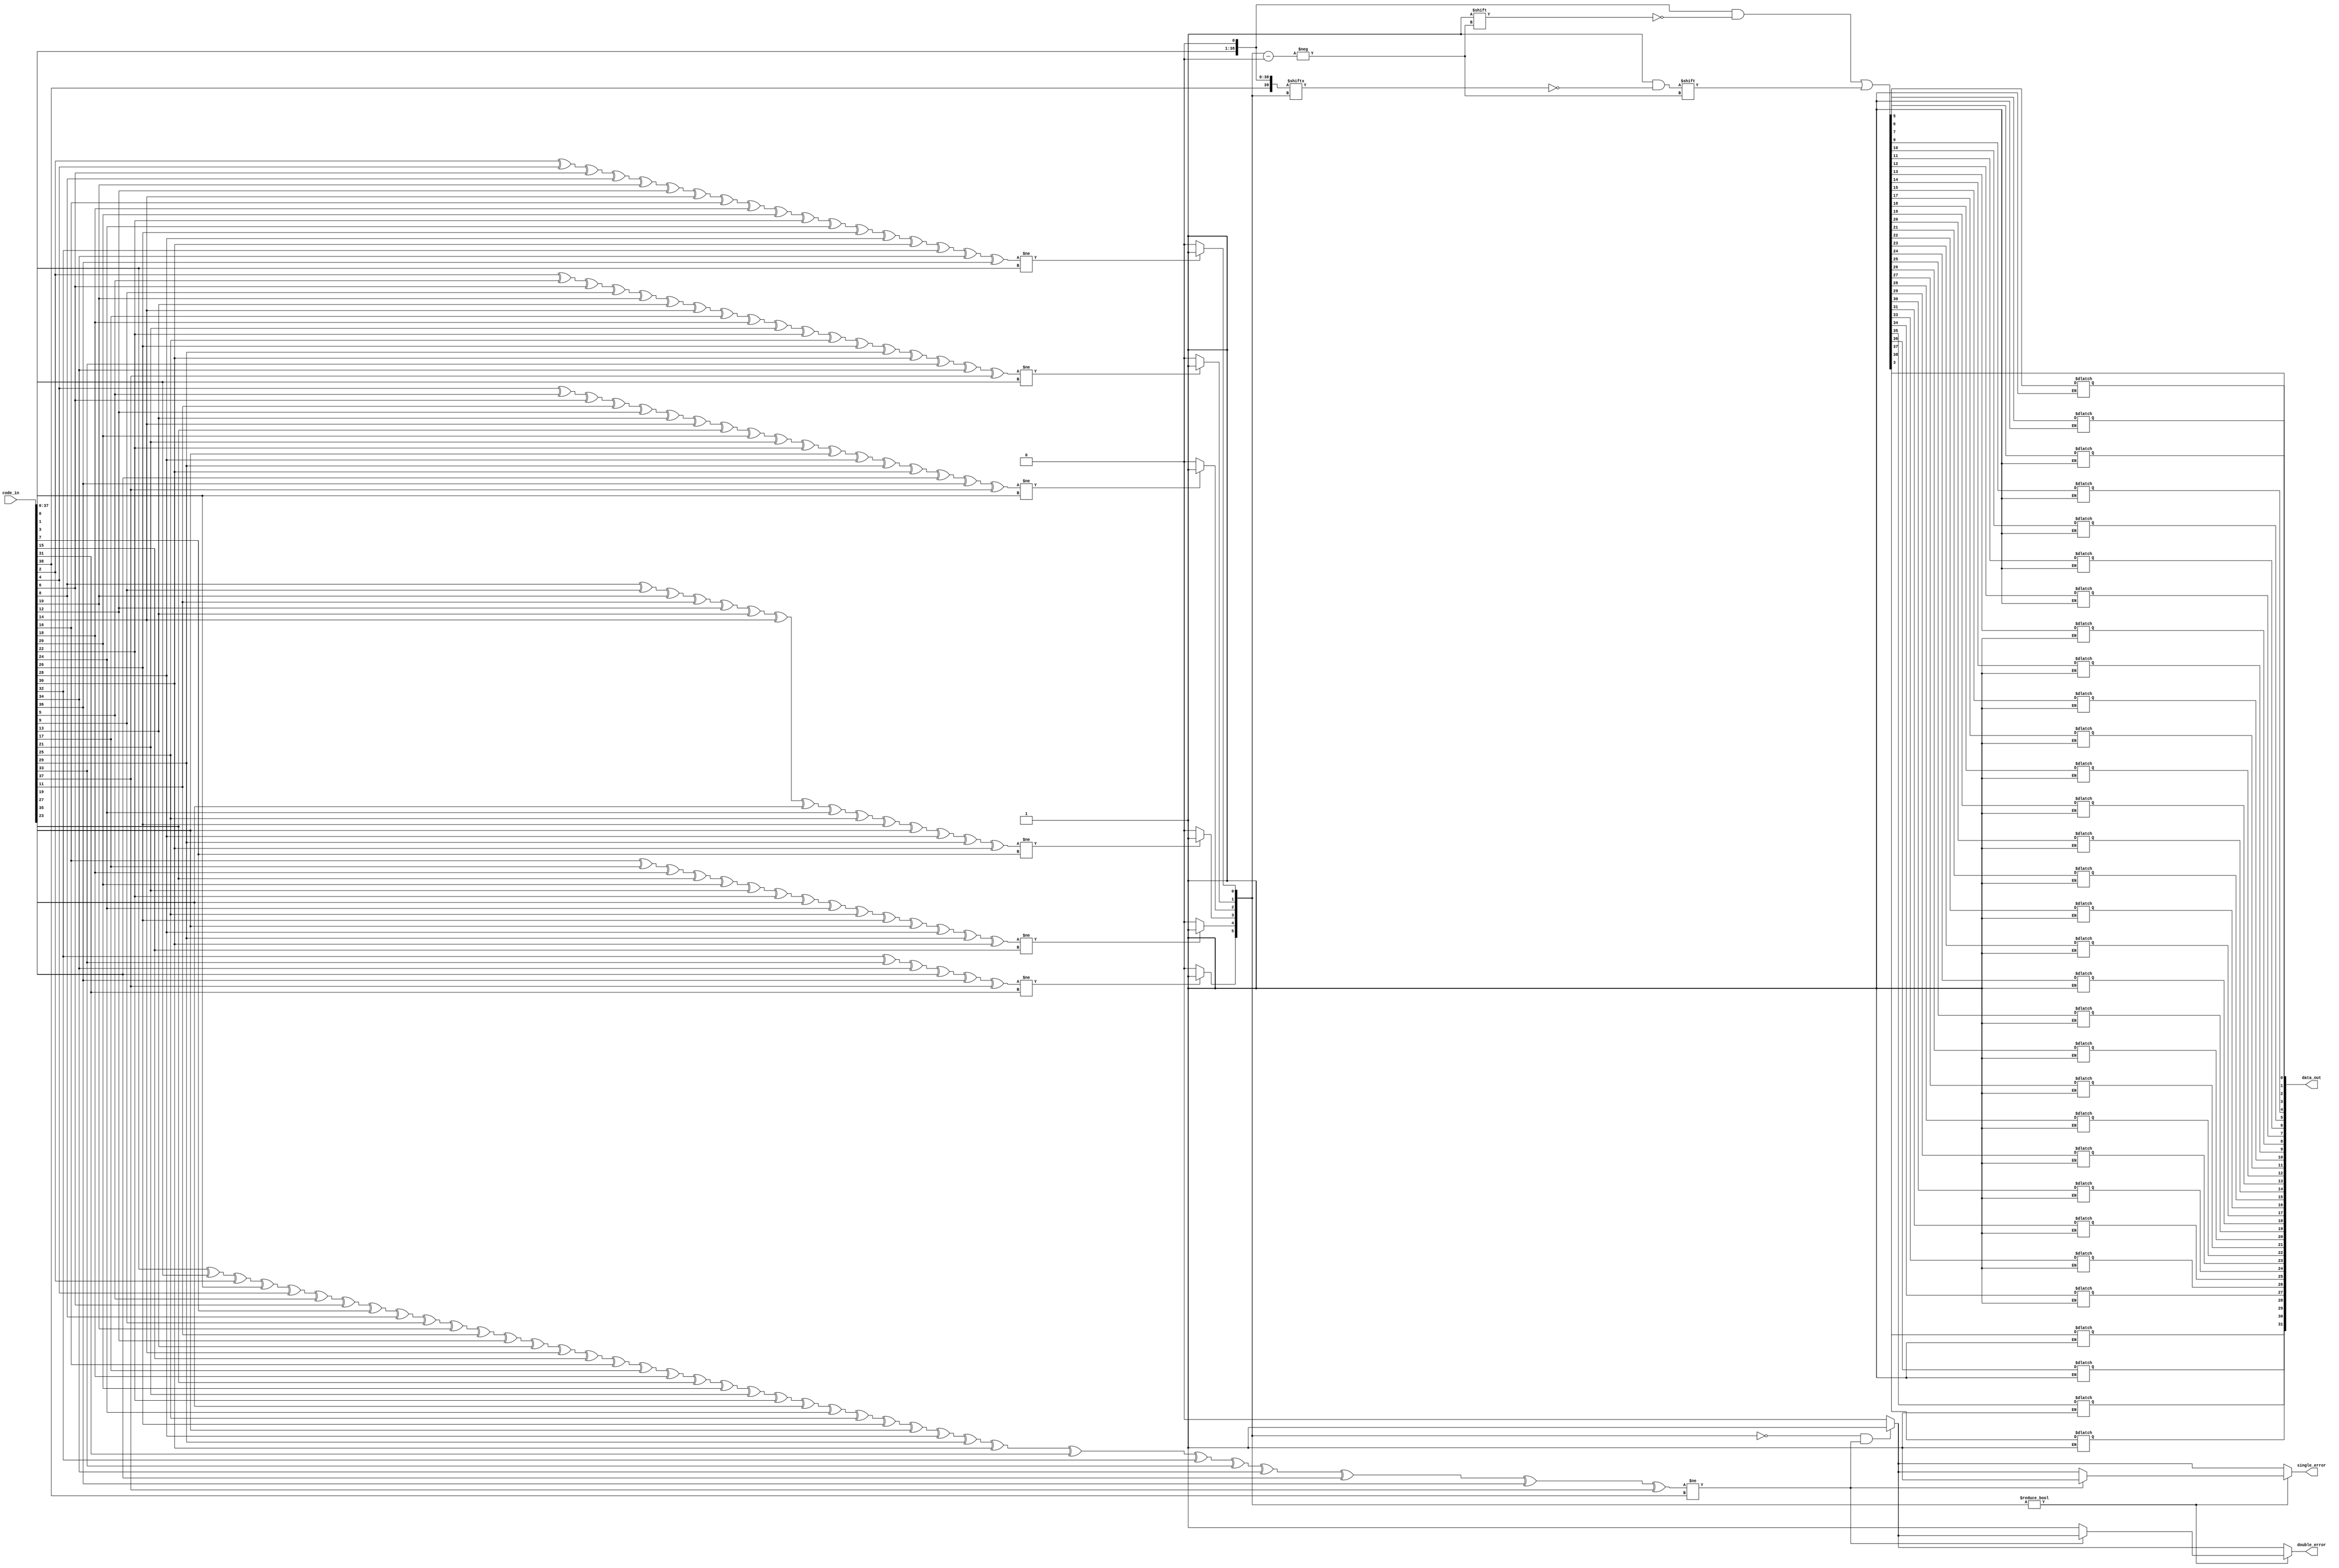
// last changed 15.11.2016

//	single_error | double_error  | condition
//	--------------------------------------------------------------------
//	     0		 |       0       | no detectable error
//		 1		 |       0       | one error detected and corrected
//   	 0		 |       1       | two errors detected / not correctable
//		 1		 |       1       | invalid / three or more errors
//----------------------------------------------------------------------

 `timescale 1 ns / 1 ps
module ecc_decode(code_in,
                  data_out,
				  single_error,
				  double_error);  //  CC double_error flag

parameter P_DATAWIDTH=32;
parameter P_CODEWIDTH=39;   //  CC changed 38 to 39
parameter P_CHECKBITS_COUNT=7;  //  CC changed 6 to 7


input       [P_CODEWIDTH-1:0] code_in;
output reg  [P_DATAWIDTH-1:0] data_out;
output reg 					  single_error;
output reg 					  double_error;  //  CC double_error

reg [P_CODEWIDTH-1:0] c;
reg [P_CODEWIDTH:0] d;    // data one bit shifted  changed by CCAG
reg [P_CHECKBITS_COUNT-2:0] fail_location; // CC changed P_CHECKBITS_COUNT-1 to P_CHECKBITS_COUNT-2


integer i,n;


reg [P_CHECKBITS_COUNT-1:0]  p;
reg  fail_bit;


always @(*) begin
    fail_location=0;
    c=code_in;
	d={code_in,1'b0};      // changed by CCAG
    single_error=1'b0;
    double_error=1'b0;  // CC

    p[0]=c[2]^c[4]^c[6]^c[8]^c[10]^c[12]^c[14]^c[16]^c[18]^c[20]^c[22]^c[24]^c[26]^c[28]^c[30]^c[32]^c[34]^c[36];
    p[1]=c[2]^c[5]^c[6]^c[9]^c[10]^c[13]^c[14]^c[17]^c[18]^c[21]^c[22]^c[25]^c[26]^c[29]^c[30]^c[33]^c[34]^c[37];
    p[2]=c[4]^c[5]^c[6]^c[11]^c[12]^c[13]^c[14]^c[19]^c[20]^c[21]^c[22]^c[27]^c[28]^c[29]^c[30] ^c[35]^c[36]^c[37];
    p[3]=c[8]^c[9]^c[10]^c[11]^c[12]^c[13]^c[14] ^c[23]^c[24]^c[25]^c[26]^c[27]^c[28]^c[29]^c[30];
    p[4]=c[16]^c[17]^c[18]^c[19]^c[20]^c[21]^c[22]^c[23]^c[24]^c[25]^c[26]^c[27]^c[28]^c[29]^c[30];
    p[5]=c[32]^c[33]^c[34]^c[35]^c[36]^c[37];

    p[6]=1'b0;  // CC overall parity for DED

    for(i=1;i<P_CODEWIDTH;i=i+1) begin
        p[6] = p[6]^c[i-1];
    end


    if(p[0]!=c[0]) fail_location[0]=1'b1;
    if(p[1]!=c[1]) fail_location[1]=1'b1;
    if(p[2]!=c[3]) fail_location[2]=1'b1;
    if(p[3]!=c[7]) fail_location[3]=1'b1;
    if(p[4]!=c[15])fail_location[4]=1'b1;
    if(p[5]!=c[31])fail_location[5]=1'b1;

    //  CC detection and correction logic
    if(fail_location==0 && p[6]!=c[38]) begin
        single_error=1'b1;
        double_error=1'b1;	//  unknown condition three or more errors
    end

    if(fail_location!=0) begin
        if (p[6]!=c[38]) begin
            single_error=1'b1;
        end
        else begin
            double_error=1'b1; // uncorrectable even-number of errors
        end
    end


//    if(fail_location!=0) begin         // changed by CCAG
        fail_bit=d[fail_location];
        d[fail_location]=~fail_bit;      // changed by CCAG
//    end                                // changed by CCAG


    n=0;
    for(i=1;i<P_CODEWIDTH;i=i+1) begin  //  CC changed i<=P_CODEWIDTH to i<P_CODEWIDTH
        if(i!=1 && i!=2 && i!=4 && i!=8 && i!=16 && i!=32) begin
            data_out[n]=d[i];      // changed by CCAG
            n=n+1;
        end
    end

end //always

endmodule